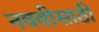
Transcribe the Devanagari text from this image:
नववीसाठी